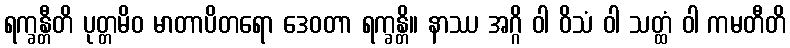
ရက္ခန္တီတိ ပုတ္တမိဝ မာတာပိတရော ဒေဝတာ ရက္ခန္တိ။ နာဿ အဂ္ဂိ ဝါ ဝိသံ ဝါ သတ္ထံ ဝါ ကမတီတိ